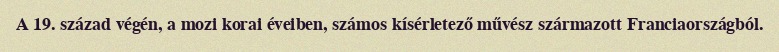
A 19. század végén, a mozi korai éveiben, számos kísérletező művész származott Franciaországból.